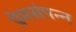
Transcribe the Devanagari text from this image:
प्रेमसंपन्न